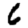
Digit: 6